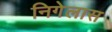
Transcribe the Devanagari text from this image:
निगेलास